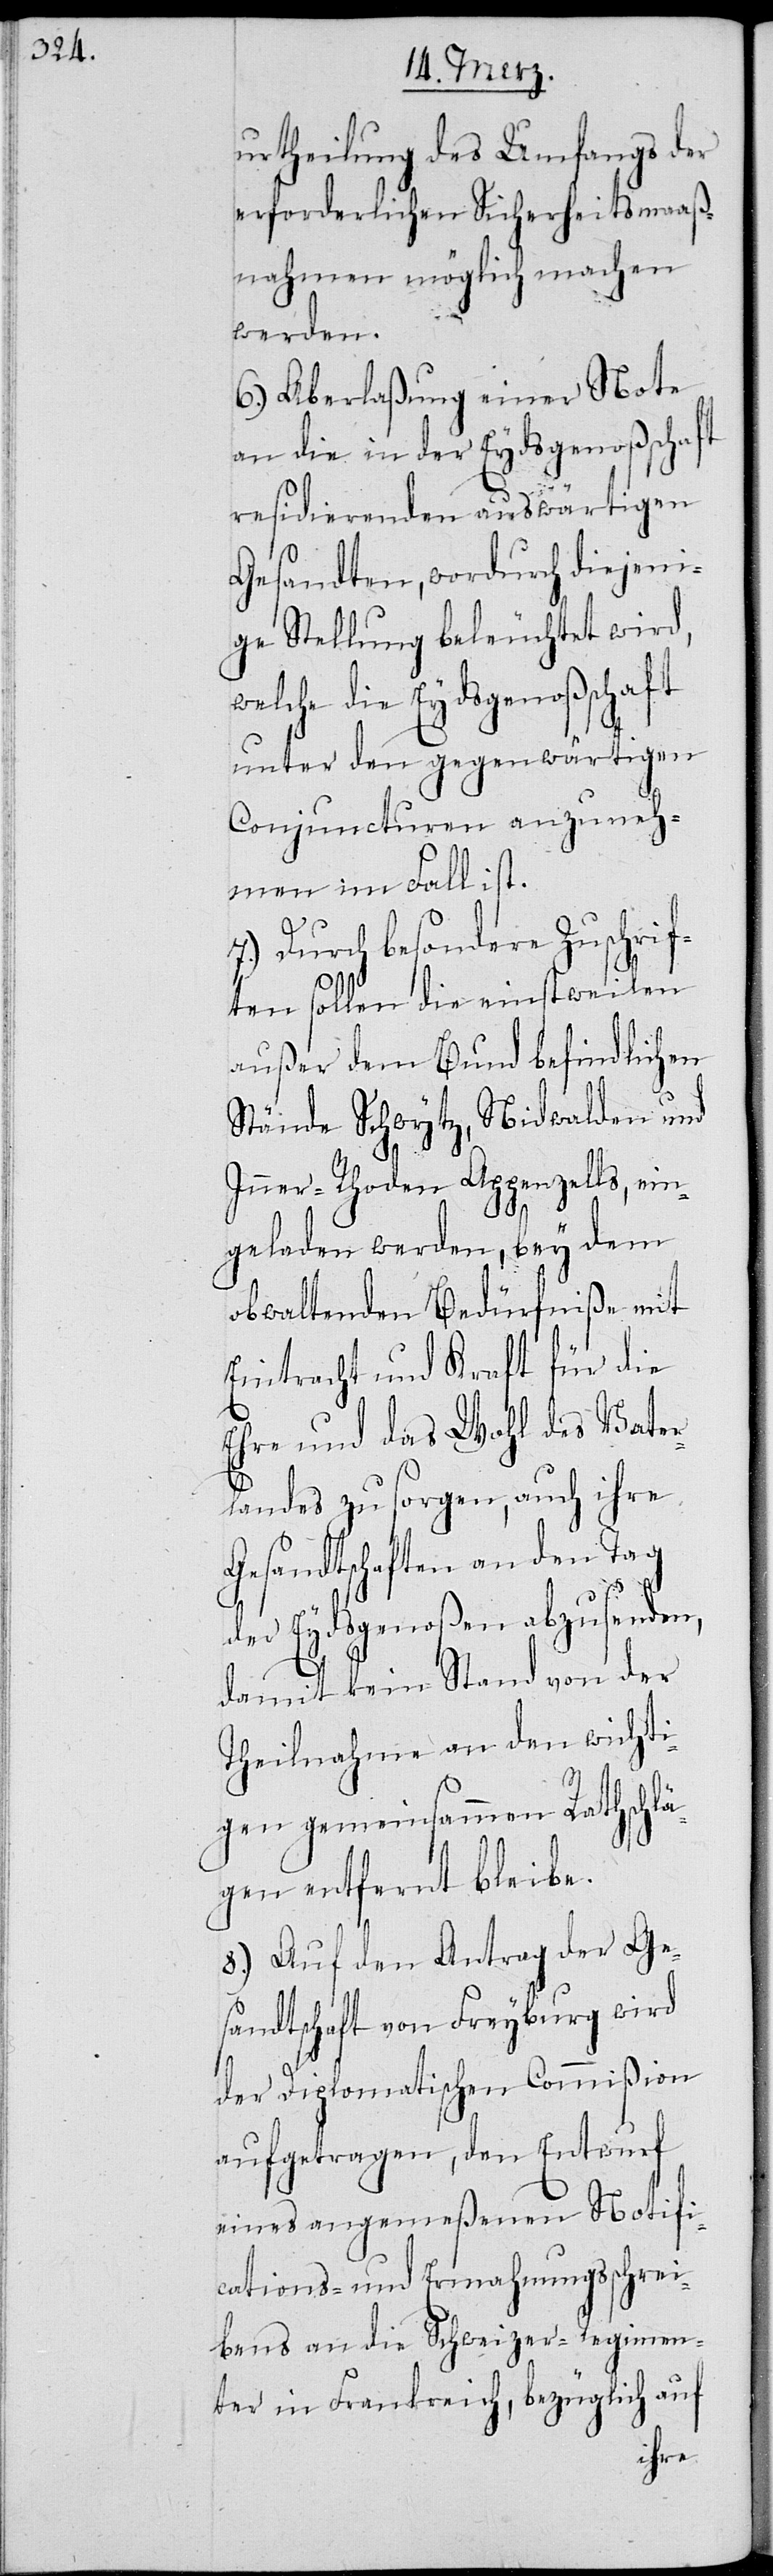
urtheilung des Umfangs der
erforderlichen Sicherheitsmaaß¬
nahmen möglich machen
werden.
6.) Aberlaßung einer Note
an die in der Eydsgenoßschaft
residierenden auswärtigen
Gesandten, wodurch diejeni¬
ge Stellung beleuchtet wird,
welche die Eydsgenoßschaft
unter den gegenwärtigen
Conjuncturen anzuneh¬
men im Fall ist.
7.) Durch besondere Zuschrif¬
ten sollen die einstweilen
außer dem Bund befindlichen
Stände Schwytz, Nidwalden und
Inner-Rhoden Appenzells, ein¬
geladen werden, bey dem
obwaltenden Bedürfniße mit
Eintracht und Kraft für die
Ehre und das Wohl des Vater¬
landes zu sorgen, auch ihre
Gesandtschaften an den Tag
der Eydsgenoßen abzusenden,
damit kein Stand von der
Theilnahme an den wichti¬
gen gemeinsammen Rathschlä¬
gen entfernt bleibe.
8.) Auf den Antrag der Ge¬
sandtschaft von Freyburg wird
der Diplomatischen Commißion
aufgetragen, den Entwurf
eines angemeßenen Notifi¬
cations- und Ermahnungsschrei¬
bens an die Schweizer-Regimen¬
ter in Frankreich, bezüglich auf